Source: Handwritten
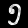
Digit: ၅ (5)